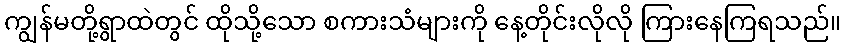
ကျွန်မတို့ရွာထဲတွင် ထိုသို့သော စကားသံများကို နေ့တိုင်းလိုလို ကြားနေကြရသည်။